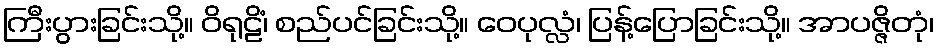
ကြီးပွားခြင်းသို့။ ဝိရုဠိံ၊ စည်ပင်ခြင်းသို့။ ဝေပုလ္လံ၊ ပြန့်ပြောခြင်းသို့။ အာပဇ္ဇိတုံ၊